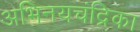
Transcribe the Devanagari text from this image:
अभिनयचंद्रिका